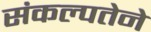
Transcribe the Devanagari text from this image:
संकल्पतेने